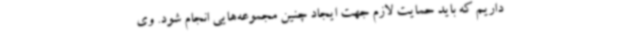
داریم که باید حمایت لازم جهت ایجاد چنین مجموعه‌هایی انجام شود. وی